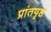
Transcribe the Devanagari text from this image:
प्रांतपृष्ठ